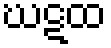
ဃဋထ